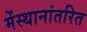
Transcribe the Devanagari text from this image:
मेंस्थानांतरित